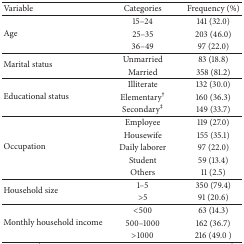
<table><thead><tr><td><b>Variable</b></td><td><b>Categories</b></td><td><b>Frequency (%)</b></td></tr></thead><tbody><tr><td rowspan="3">Age</td><td>15–24</td><td>141 (32.0)</td></tr><tr><td>25–35</td><td>203 (46.0)</td></tr><tr><td>36–49</td><td>97 (22.0)</td></tr><tr><td rowspan="2">Marital status</td><td>Unmarried</td><td>83 (18.8)</td></tr><tr><td>Married</td><td>358 (81.2)</td></tr><tr><td rowspan="3">Educational status</td><td>Illiterate</td><td>132 (30.0)</td></tr><tr><td>Elementary<sup>†</sup></td><td>160 (36.3)</td></tr><tr><td>Secondary<sup>‡</sup></td><td>149 (33.7)</td></tr><tr><td rowspan="5">Occupation</td><td> Employee </td><td>119 (27.0)</td></tr><tr><td>Housewife</td><td>155 (35.1)</td></tr><tr><td>Daily laborer</td><td>97 (22.0)</td></tr><tr><td>Student</td><td>59 (13.4)</td></tr><tr><td>Others</td><td>11 (2.5)</td></tr><tr><td rowspan="2">Household size</td><td>1–5</td><td>350 (79.4)</td></tr><tr><td>&gt;5</td><td>91 (20.6)</td></tr><tr><td rowspan="3">Monthly household income</td><td>&lt;500</td><td>63 (14.3)</td></tr><tr><td>500–1000</td><td>162 (36.7)</td></tr><tr><td>&gt;1000</td><td>216 (49.0 ) </td></tr></tbody></table>